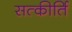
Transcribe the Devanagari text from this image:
सत्कीर्ति